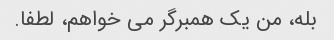
بله، من یک همبرگر می خواهم، لطفا.